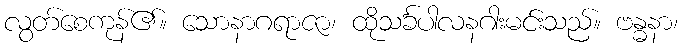
လွတ်စေကုန်၏။ သောနာဂရာဇာ၊ ထိုသင်္ခပါလနဂါးမင်းသည်။ ဗန္ဓနာ၊